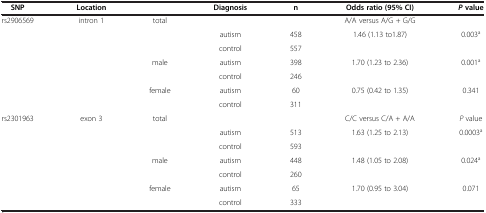
<table><thead><tr><td><b>SNP</b></td><td><b>Location</b></td><td><b> </b></td><td><b>Diagnosis</b></td><td><b>n</b></td><td><b>Odds ratio (95% CI)</b></td><td><b><i>P </i>value</b></td></tr></thead><tbody><tr><td>rs2906569</td><td>intron 1</td><td rowspan="3">total</td><td> </td><td> </td><td>A/A versus A/G + G/G</td><td> </td></tr><tr><td> </td><td> </td><td>autism</td><td>458</td><td>1.46 (1.13 to1.87)</td><td>0.003<sup>a</sup></td></tr><tr><td> </td><td> </td><td>control</td><td>557</td><td> </td><td> </td></tr><tr><td> </td><td> </td><td>male</td><td>autism</td><td>398</td><td>1.70 (1.23 to 2.36)</td><td>0.001<sup>a</sup></td></tr><tr><td> </td><td> </td><td> </td><td>control</td><td>246</td><td> </td><td> </td></tr><tr><td> </td><td> </td><td>female</td><td>autism</td><td>60</td><td>0.75 (0.42 to 1.35)</td><td>0.341</td></tr><tr><td> </td><td> </td><td> </td><td>control</td><td>311</td><td> </td><td> </td></tr><tr><td>rs2301963</td><td>exon 3</td><td rowspan="3">total</td><td> </td><td> </td><td>C/C versus C/A + A/A</td><td><i>P</i> value</td></tr><tr><td> </td><td> </td><td>autism</td><td>513</td><td>1.63 (1.25 to 2.13)</td><td>0.0003<sup>a</sup></td></tr><tr><td> </td><td> </td><td>control</td><td>593</td><td> </td><td> </td></tr><tr><td> </td><td> </td><td>male</td><td>autism</td><td>448</td><td>1.48 (1.05 to 2.08)</td><td>0.024<sup>a</sup></td></tr><tr><td> </td><td> </td><td> </td><td>control</td><td>260</td><td> </td><td> </td></tr><tr><td> </td><td> </td><td>female</td><td>autism</td><td>65</td><td>1.70 (0.95 to 3.04)</td><td>0.071</td></tr><tr><td> </td><td> </td><td> </td><td>control</td><td>333</td><td> </td><td> </td></tr></tbody></table>